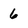
Character: 6